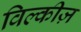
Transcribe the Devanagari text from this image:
विल्कीज़